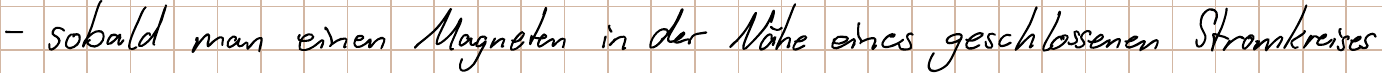
- sobald man einen Magneten in der Nähe eines geschlossenen Stromkreises